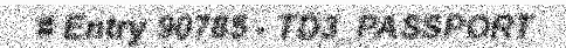
# Entry 90785 - TD3_PASSPORT